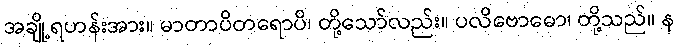
အချို့ရဟန်းအား။ မာတာပိတရောပိ၊ တို့သော်လည်း။ ပလိဗောဓော၊ တို့သည်။ န